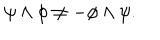
LaTeX: \psi \wedge \phi \neq - \phi \wedge \psi .